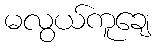
မလွယ်ကူချေ